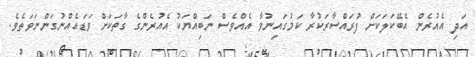
އަދި އެއުރެން އެބޭކަލަކަށް ފުރައްސާރަކުރާ ކަމުގައިނުވާ އެއްވެސް ނަބިއްޔަކު އެއުރެންގެ ގާތަކަށް ވަޑައެއްނުގަންނަވަތެވެ.